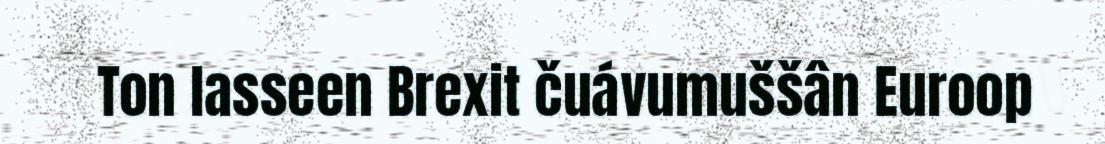
Ton lasseen Brexit čuávumuššân Euroop